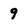
Character: 9